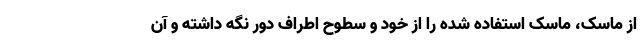
از ماسک، ماسک استفاده شده را از خود و سطوح اطراف دور نگه داشته و آن